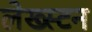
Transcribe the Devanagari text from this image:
लेख्स्टन